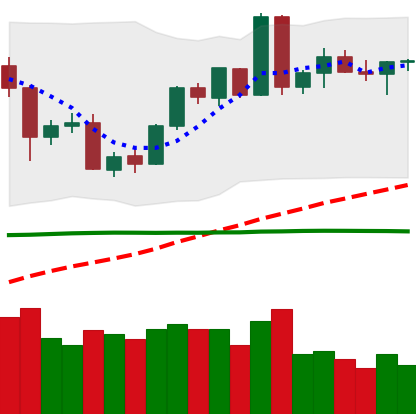
Ticker: BTC-USD
Chart end date: 2020-06-08
Forward return: -3.031%
Label: down_3_5